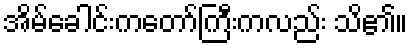
အိမ်ခေါင်းကတော်ကြီးကလည်း သိ၏။